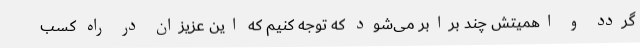
گردد و اهمیتش چند برابر می‌شود که توجه کنیم که این عزیزان در راه کسب